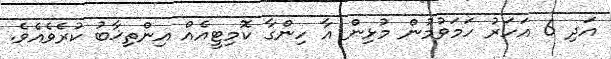
އަދި 6 އަހަރު ހަމަވުމުން މުޅިން އާ ހިންގާ ކޮމިޓީއެއް އިންތިޚާބު ކުރެވެއެވެ.